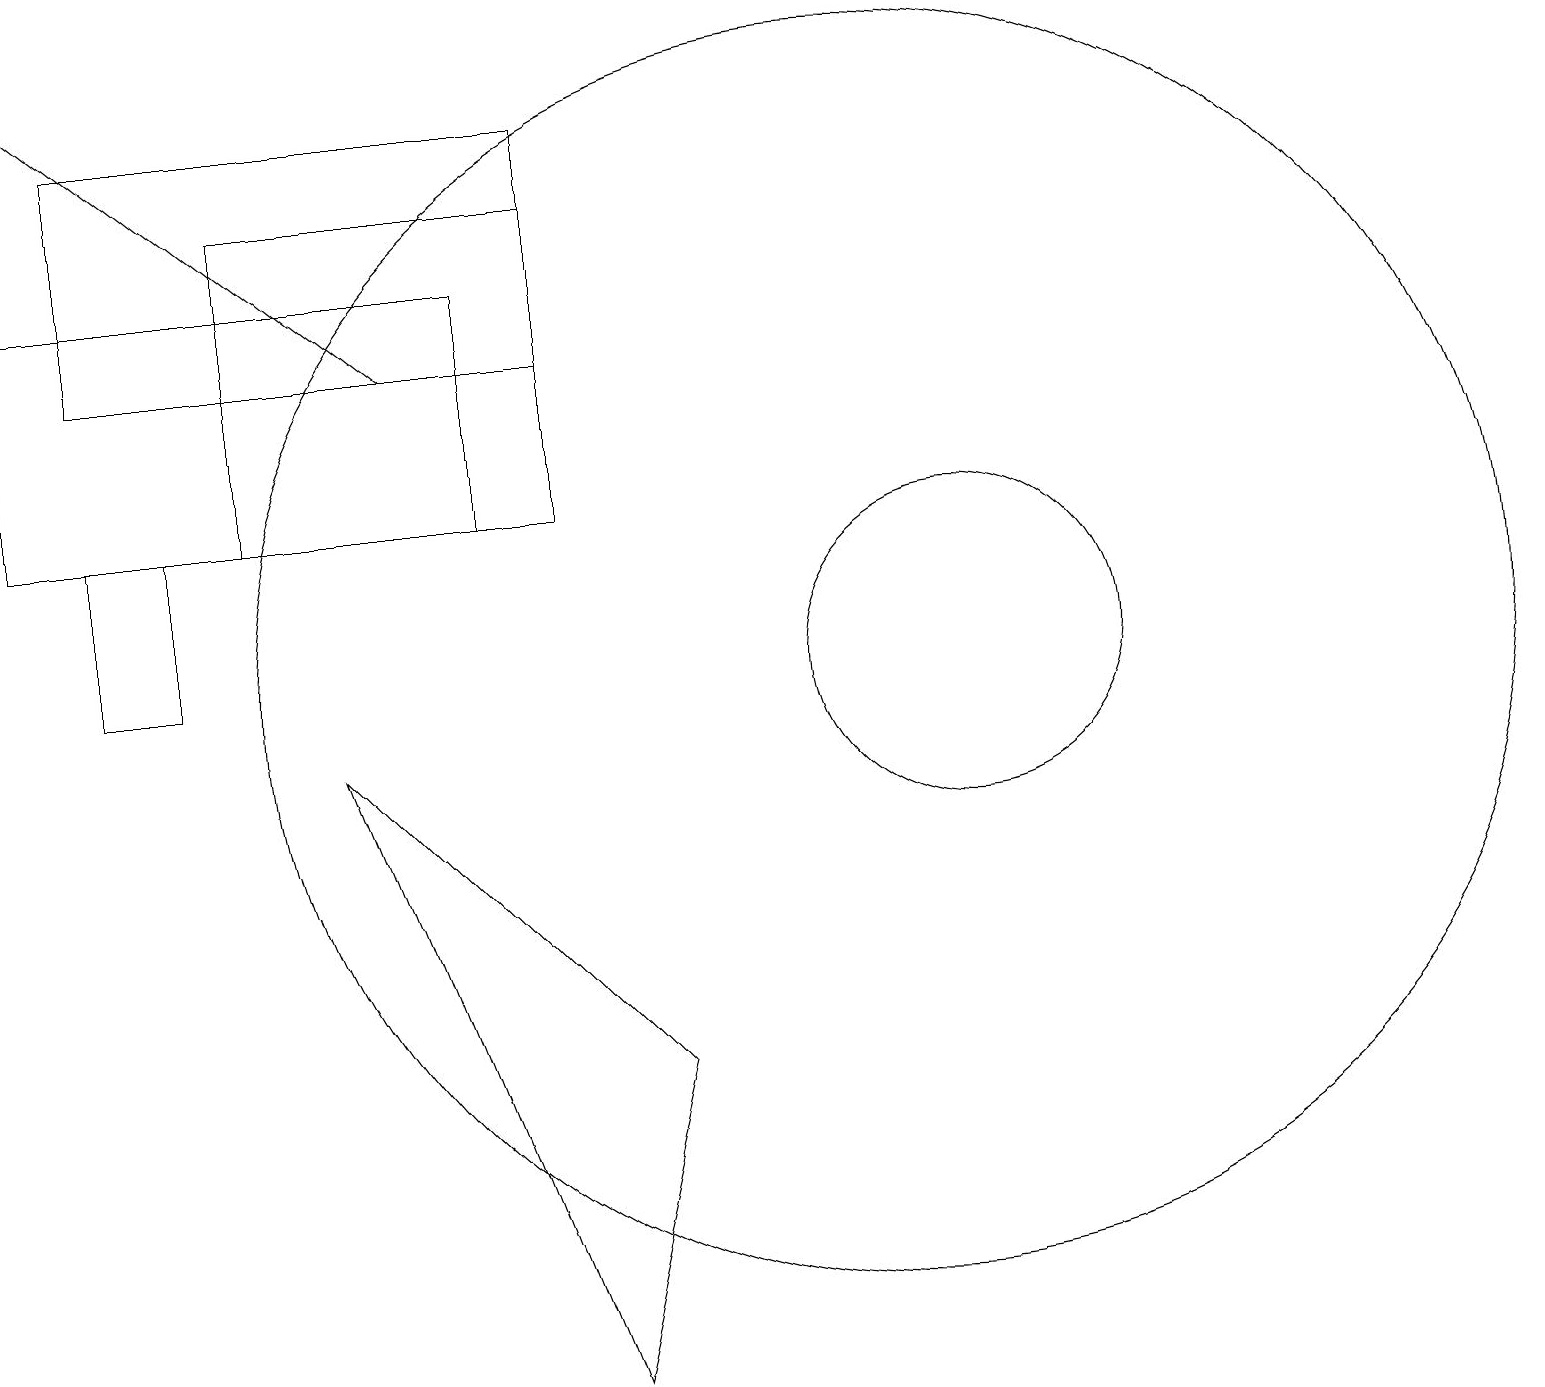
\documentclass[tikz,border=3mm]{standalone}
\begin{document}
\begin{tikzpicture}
\draw (3,12) rectangle (7,16);
\draw[->] (5,14) -- (0,18);
\draw (0,12) rectangle (6,15);
\draw (2,12) rectangle (1,10);
\draw (11,10) circle (8);
\draw (12,10) circle (2);
\draw (8,5) -- (4,9) -- (7,1) -- cycle;
\draw (1,17) rectangle (7,14);
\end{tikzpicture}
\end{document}